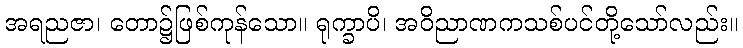
အရညဇာ၊ တော၌ဖြစ်ကုန်သော။ ရုက္ခာပိ၊ အဝိညာဏကသစ်ပင်တို့သော်လည်း။